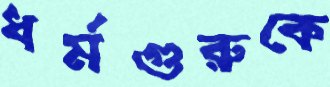
ধর্মগুরুকে